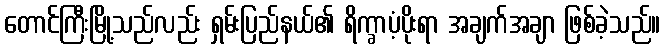
တောင်ကြီးမြို့သည်လည်း ရှမ်းပြည်နယ်၏ ရိက္ခာပံ့ပိုးရာ အချက်အချာ ဖြစ်ခဲ့သည်။